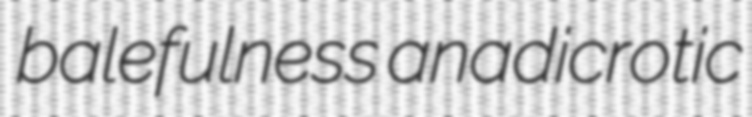
balefulness anadicrotic